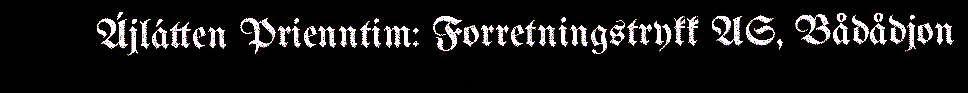
Ájlátten Prienntim: Forretningstrykk AS, Bådådjon